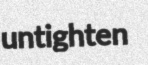
untighten